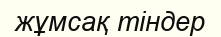
жұмсақ тіндер